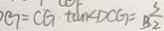
D G = C G \cdot \tan \angle D C G = \frac { 3 } { B 2 }